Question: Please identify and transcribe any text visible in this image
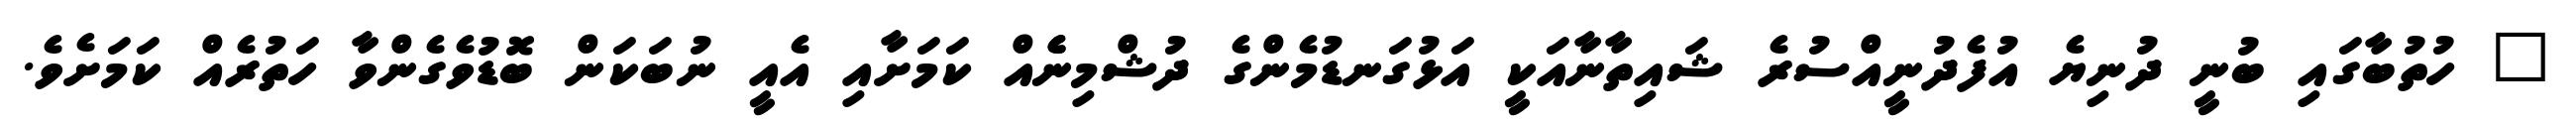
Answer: " ހުތުބާގައި ބުނީ ދުނިޔެ އުފެދުނީއްސުރެ ޝައިތާނާއަކީ އަޅުގަނޑުމެންގެ ދުޝްމިނެެއް ކަމަށާއި އެއީ ނުބަކަން ބޮޑުވެގެންވާ ހަތުރެއް ކަމަށެވެ.